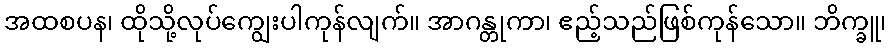
အထစပန၊ ထိုသို့လုပ်ကျွေးပါကုန်လျက်။ အာဂန္တုကာ၊ ဧည့်သည်ဖြစ်ကုန်သော။ ဘိက္ခူ၊